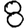
Digit: 8